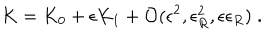
K = K _ { 0 } + \epsilon K _ { 1 } + { \cal O } ( \epsilon ^ { 2 } , \epsilon _ { R } ^ { 2 } , \epsilon \epsilon _ { R } ) \; .